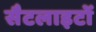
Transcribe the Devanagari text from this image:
सैटलाइटों